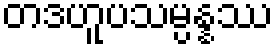
တဒဟူပသမ္ပန္နဿ